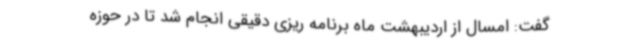
گفت: امسال از اردیبهشت ماه برنامه ریزی دقیقی انجام شد تا در حوزه